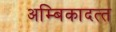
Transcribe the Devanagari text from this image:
अम्बिकादत्‍त